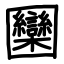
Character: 圞